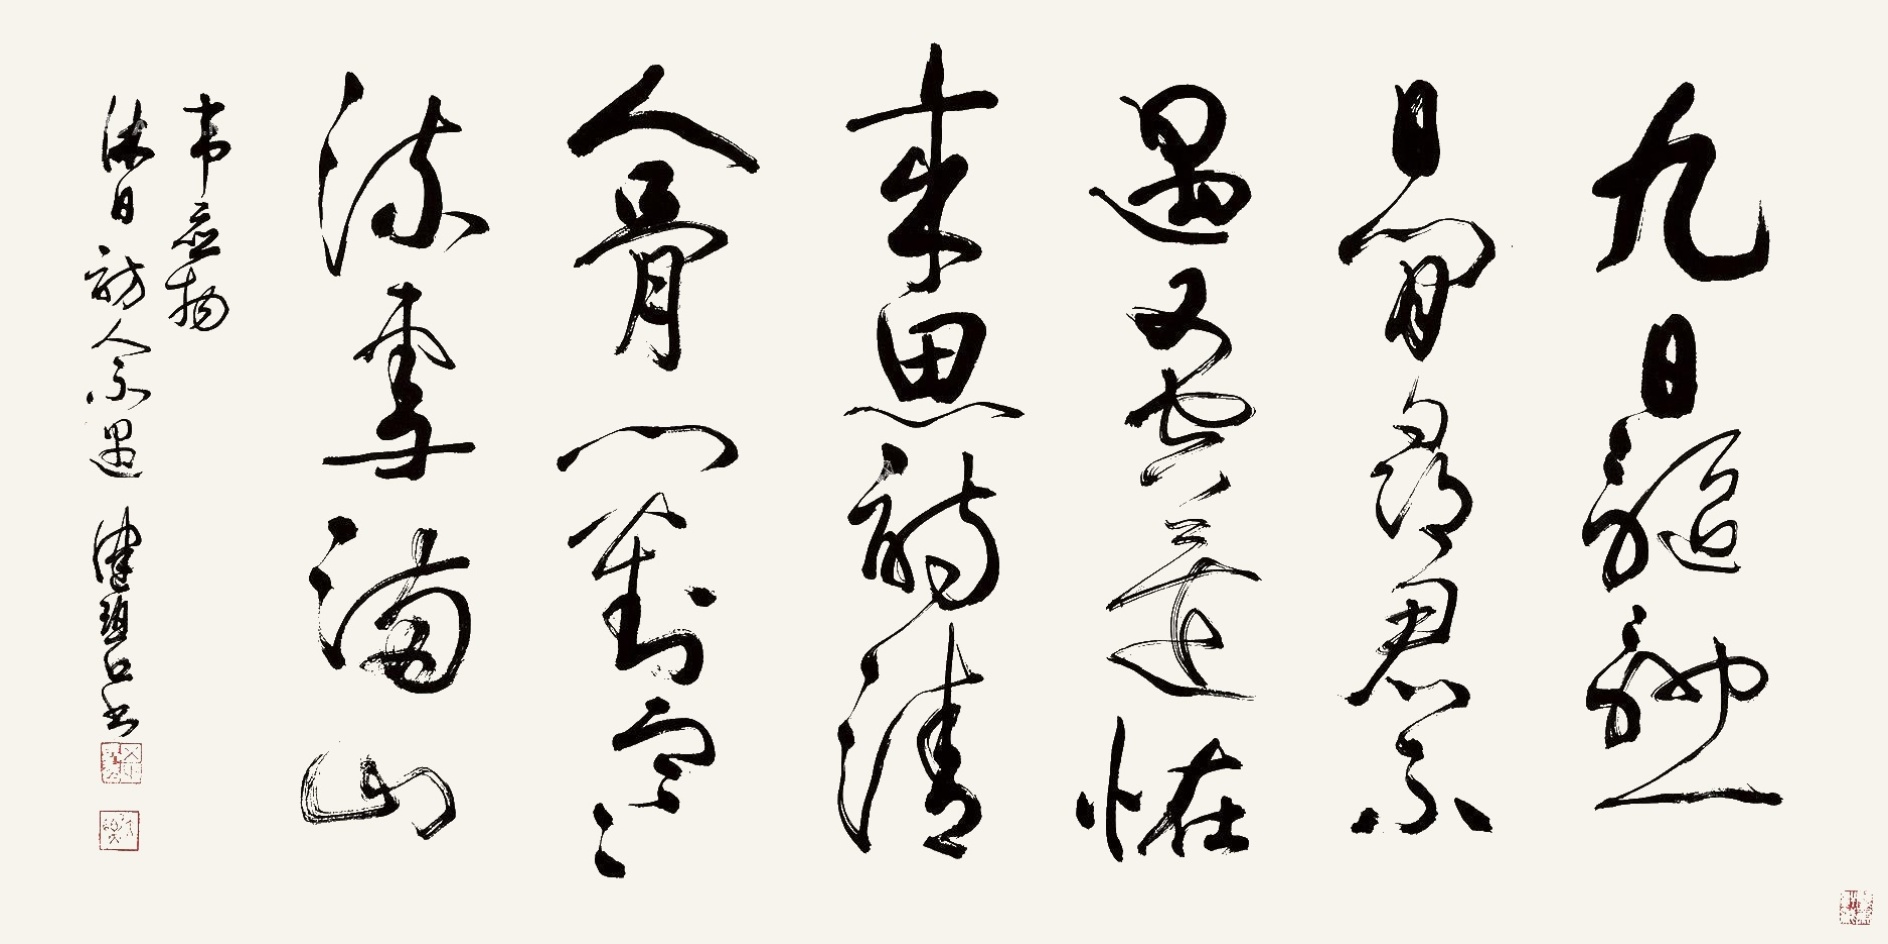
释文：九日驰驱一日闲，寻君不遇又空还。怪来思诗清人骨，门对寒流雪满山。韦应物《休日访人不遇》。健碧书。